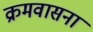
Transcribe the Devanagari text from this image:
क्रमवासना